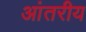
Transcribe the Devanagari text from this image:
आंतरीय